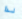
لذا